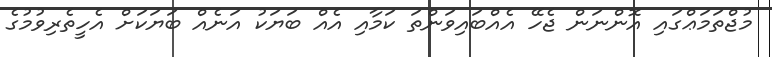
މުޖްތަމަޢްގައި އޮންނަން ޖެހޭ އެއްބައިވަންތަ ކަމާއި އެއް ބަޔަކު އަނެއް ބަޔަކަށް އެހީތެރިވުމުގެ